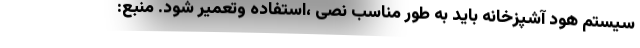
سیستم هود آشپزخانه باید به طور مناسب نصی ،استفاده وتعمیر شود. منبع: